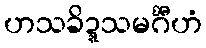
ဟသခိဍ္ဍသမင်္ဂီဟံ